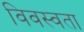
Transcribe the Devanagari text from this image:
विवस्वता